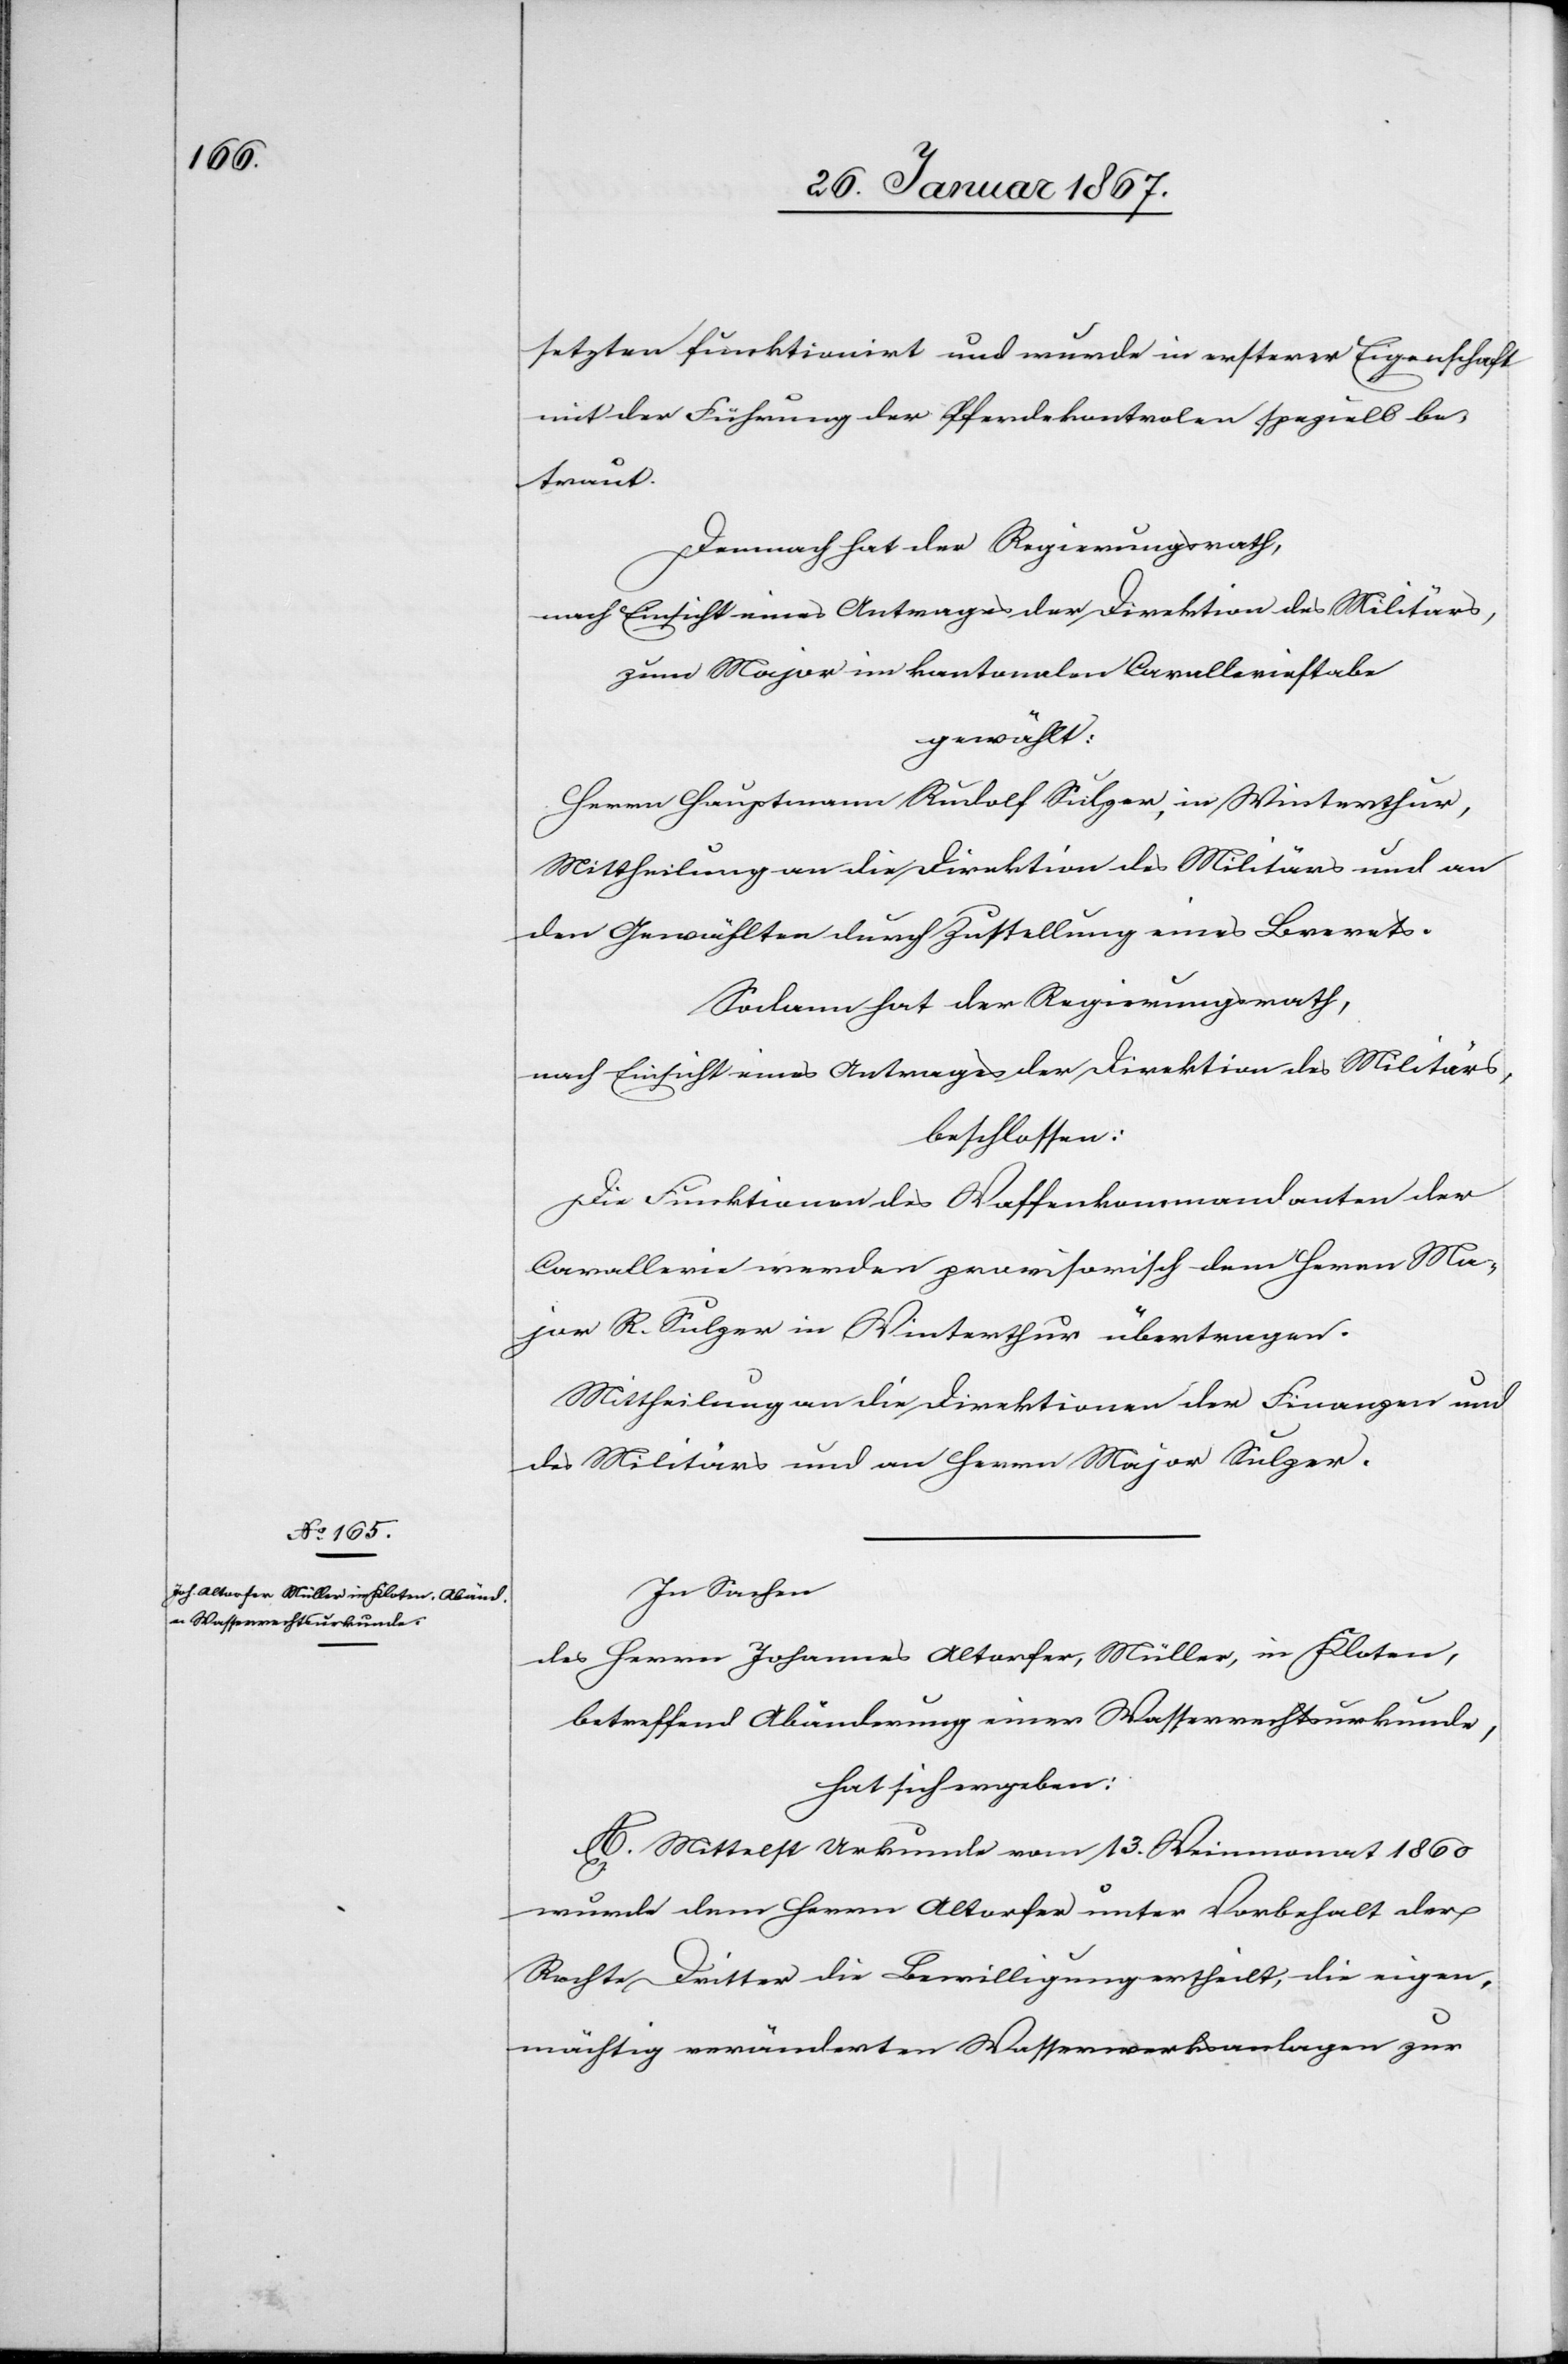
setzten funktioniert und wurde in ersterer Eigenschaft
mit der Führung der Pferdekontrolen speziell be¬
traut.
Demnach hat der Regierungsrath,
nach Einsicht eines Antrages der Direktion des Militärs,
Zum Major im kantonalen Cavalleriestabe
gewählt:
Herrn Hauptmann Rudolf Sulzer, in Winterthur,
Mittheilung an die Direktion des Militärs und an
den Gewählten durch Zustellung eines Brevets.
Sodann hat der Regierungsrath,
nach Einsicht eines Antrages der Direktion des Militärs,
beschlossen:
Die Funktionen des Waffenkommandanten der
Cavallerie werden provisorisch dem Herrn Ma¬
jor R. Sulzer in Winterthur übertragen.
Mittheilung an die Direktion der Finanzen und
des Militärs und an Herrn Major Sulzer.
In Sachen
des Herrn Johannes Altorfer, Müller, in Kloten,
betreffend Abänderung einer Wasserrechtsurkunde,
hat sich ergeben:
A. Mittelst Urkunde vom 13. Weinmonat 1860
wurde dem Herrn Altorfer unter Vorbehalt der
Rechte Dritter die Bewilligung ertheilt, die eigen¬
mächtig veränderten Wasserwerksanlagen zur